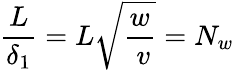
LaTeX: {\frac{L}{\delta_{1}}}={L{\sqrt{\frac{w}{\ v}}}}=N_{w}